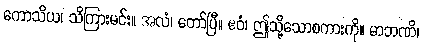
ကောသိယ၊ သိကြားမင်း။ အလံ၊ တော်ပြီ။ ဧဝံ၊ ဤသို့သောစကားကို။ မာဘဏိ၊